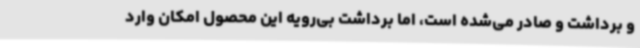
و برداشت و صادر می‌شده است، اما برداشت بی‌رویه این محصول امکان وارد